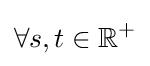
\forall s,t\in \mathbb {R} ^{+}